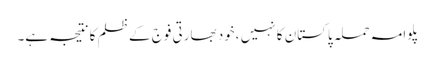
پلوامہ حملہ پاکستان کا نہیں ،خود بھارتی فوج کے ظلم کا نتیجہ ہے۔